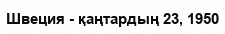
Швеция - қаңтардың 23, 1950